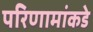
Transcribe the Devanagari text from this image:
परिणामांकडे